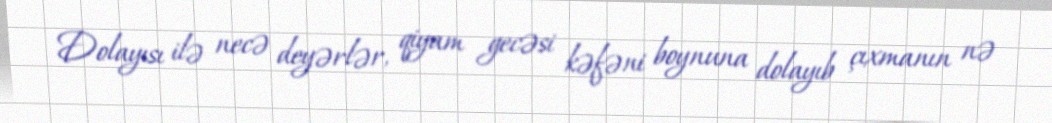
Dolayısı ilə necə deyərlər, qiyam gecəsi kəfəni boynuna dolayıb çıxmanın nə